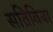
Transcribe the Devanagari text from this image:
सतिविया